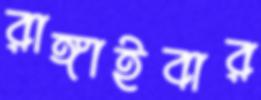
রাঙ্গাইবার